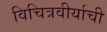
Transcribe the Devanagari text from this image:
विचित्रवीर्याची